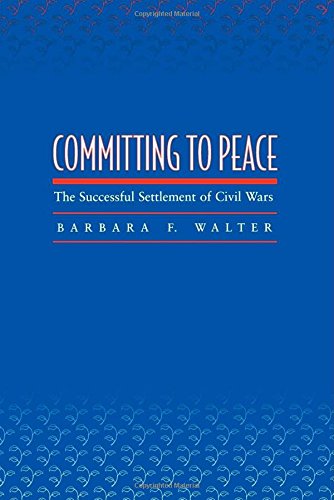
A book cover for Committing to Peace: The Successful Settlement of Civil Wars; Barbara F. Walter; History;